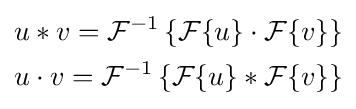
{\begin{aligned}&u*v={\mathcal {F}}^{-1}\left\{{\mathcal {F}}\{u\}\cdot {\mathcal {F}}\{v\}\right\}\\&u\cdot v={\mathcal {F}}^{-1}\left\{{\mathcal {F}}\{u\}*{\mathcal {F}}\{v\}\right\}\end{aligned}}